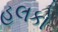
હલકો